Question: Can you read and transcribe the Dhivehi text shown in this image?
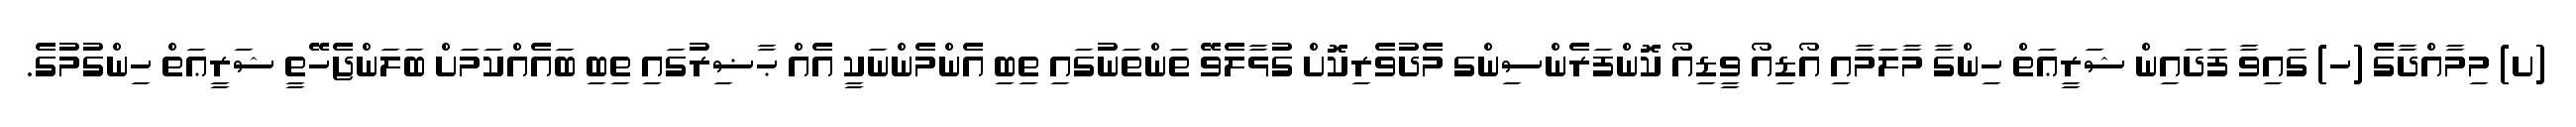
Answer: (ށ) މިމާއްދާގެ (ހ) ގައިވާ ފަދައިން ޝަރީޢަތް ހިންގާ މާލަމާއި އޯޑިއޯ ވީޑިއޯ ކޮންފަރެންސިންގ މެދުވެރިކޮށް ގުޅާލެވޭ ތަންތަނުގައި ތިބި އެންމެންނަކީ އެއް ޙާޟިރުގައި ތިބި ބައެއްކަމަށް ބަލަންޖެހޭތީ ޝަރީޢަތް ހިންގުމުގެ.